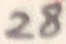
Text: 28